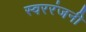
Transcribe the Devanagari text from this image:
स्वररंजनी